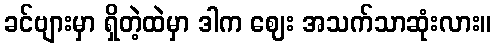
ခင်ဗျားမှာ ရှိတဲ့ထဲမှာ ဒါက ဈေး အသက်သာဆုံးလား။